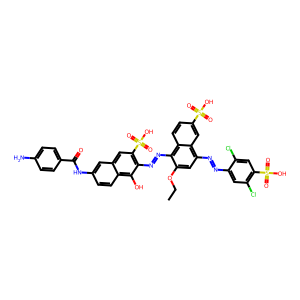
SMILES: CCOc1cc(N=Nc2cc(Cl)c(S(=O)(=O)O)cc2Cl)c2cc(S(=O)(=O)O)ccc2c1N=Nc1c(S(=O)(=O)O)cc2cc(NC(=O)c3ccc(N)cc3)ccc2c1O
Inhibits HIV replication: Yes